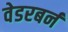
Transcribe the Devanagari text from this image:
वेडरबर्न